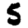
Digit: 5